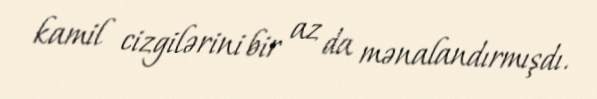
kamil cizgilərini bir az da mənalandırmışdı.